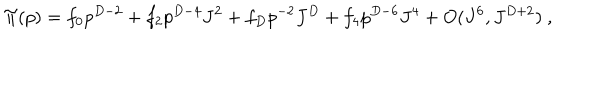
LaTeX: \Pi ( p ) = f _ { 0 } p ^ { D - 2 } + f _ { 2 } p ^ { D - 4 } J ^ { 2 } + f _ { D } p ^ { - 2 } J ^ { D } + f _ { 4 } p ^ { D - 6 } J ^ { 4 } + O ( J ^ { 6 } , J ^ { D + 2 } ) \ ,